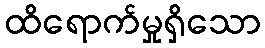
ထိရောက်မှုရှိသော